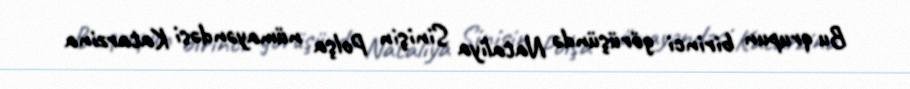
Bu qrupun birinci görüşündə Nataliya Sinişin Polşa nümayəndəsi Katarzina